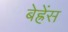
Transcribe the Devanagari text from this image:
बेह्रेंस